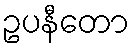
ဥပနီတော